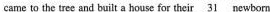
came to the tree and built a house for their \underline{31} newborn